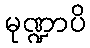
မုဏ္ဍာပိ